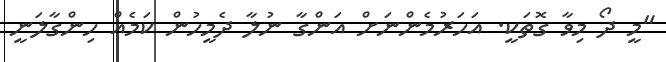
"މީ ދޯ މިވާ ގޮތަކީ. އަހަރުމެންނަށް އަންގާ ނުލާ ދެމީހުން ކަމެއް ހިންގާލަނީ